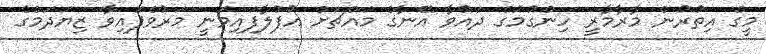
މީގެ އިތުރުން މާރާމާރީ ހިންގުމުގެ ދައުވާ އޭނާގެ މައްޗަށް އުފުލާފައިވަނީ މަރުވެފައިވާ ޒިޔަދަމްގެ